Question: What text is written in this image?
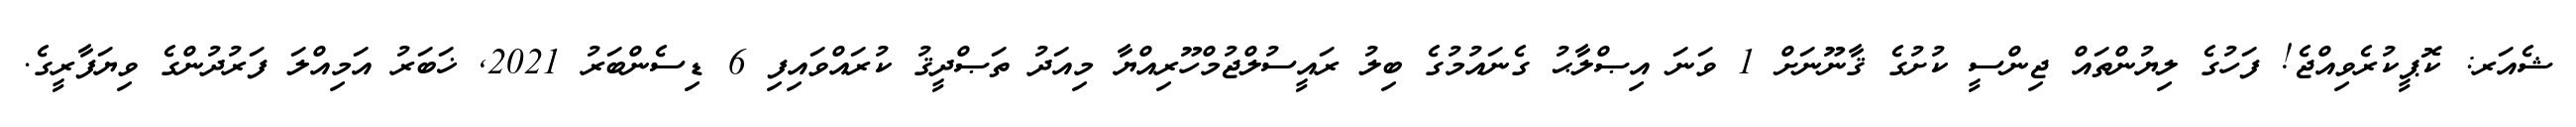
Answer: ޝެއަރ: ކޮޕީކުރެވިއްޖެ! ފަހުގެ ލިޔުންތައް ޖިންސީ ކުށުގެ ޤާނޫނަށް 1 ވަނަ އިޞްލާޙު ގެނައުމުގެ ބިލު ރައީސުލްޖުމްހޫރިއްޔާ މިއަދު ތަޞްދީޤު ކުރައްވައިފި 6 ޑިސެންބަރު 2021, ޚަބަރު އަމިއްލަ ފަރުދުންގެ ވިޔަފާރީގެ.